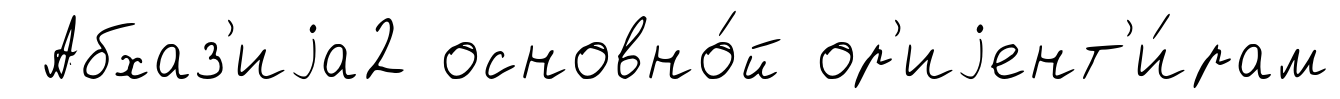
Абхаз'иjа2 основно́й ор'иjент'и́рам